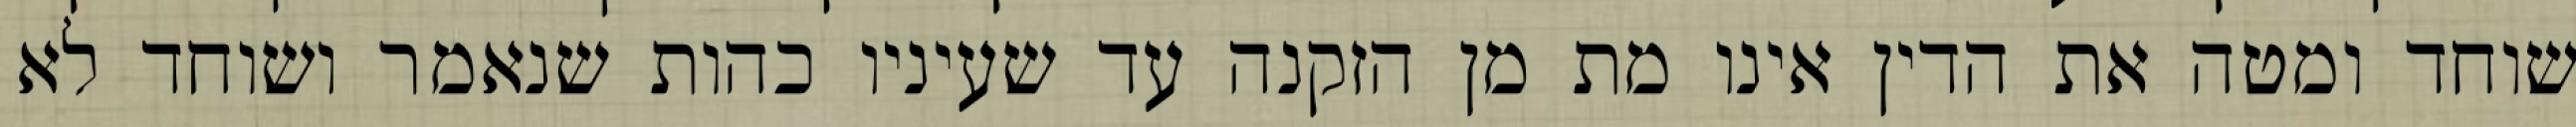
שוחד ומטה את הדין אינו מת מן הזקנה עד שעיניו כהות שנאמר ושוחד לא